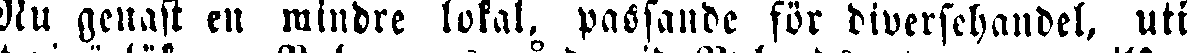
Nu genast en mindre lokal, passande för diversehandel, uti